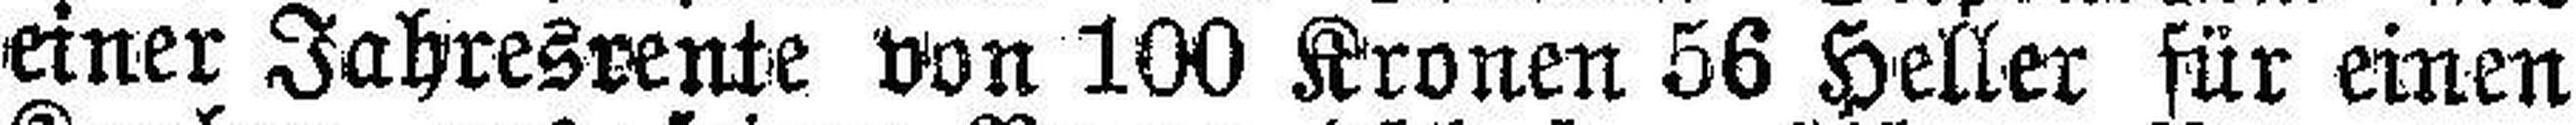
einer Jahresrente von 100 Kronen 56 Heller für einen